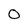
Character: O